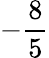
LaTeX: -{\frac{8}{5}}